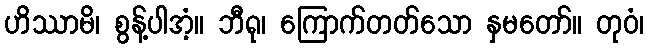
ဟိဿာမိ၊ စွန့်ပါအံ့။ ဘီရု၊ ကြောက်တတ်သော နှမတော်။ တုဝံ၊